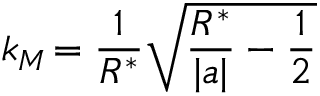
k _ { M } \! = \frac { 1 } { R ^ { * } } \sqrt { \frac { R ^ { * } } { | a | } - \frac { 1 } { 2 } }